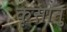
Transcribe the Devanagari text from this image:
कृसानु